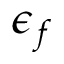
\epsilon _ { f }